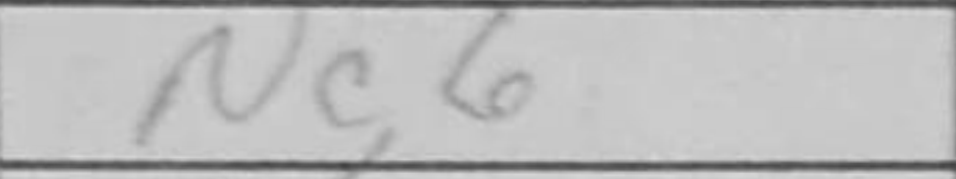
Transcription: Nc6